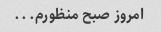
امروز صبح منظورم...